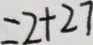
= 2 + 2 7